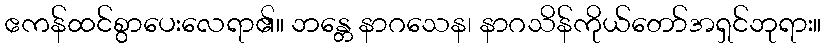
ဧကန်ထင်စွာပေးလေရာ၏။ ဘန္တေ နာဂသေန၊ နာဂသိန်ကိုယ်တော်အရှင်ဘုရား။